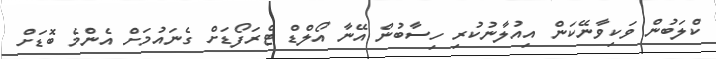
ކްލަބުން ވަކިވާނޭކަން އިއުލާނުކުރި ހިސާބުން އޭނާ އޯލްޑް ޓްރަފޯޑަށް ގެނައުމަށް އެންމެ ބޮޑަށް